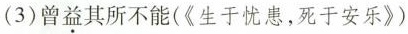
(3)曾益其所不能(《生于忧患，死于安乐》)